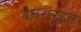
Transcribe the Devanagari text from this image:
वनरार्इत